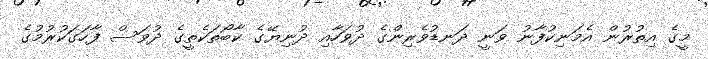
މީގެ އިތުރުން އެމަނިކުފާނު ވަނީ ދަނޑުވެރިންގެ ދުވަހާއި ދުނިޔޭގެ ކާބޯތަކެތީގެ ދުވަސް ފާހަގަކުރުމުގެ